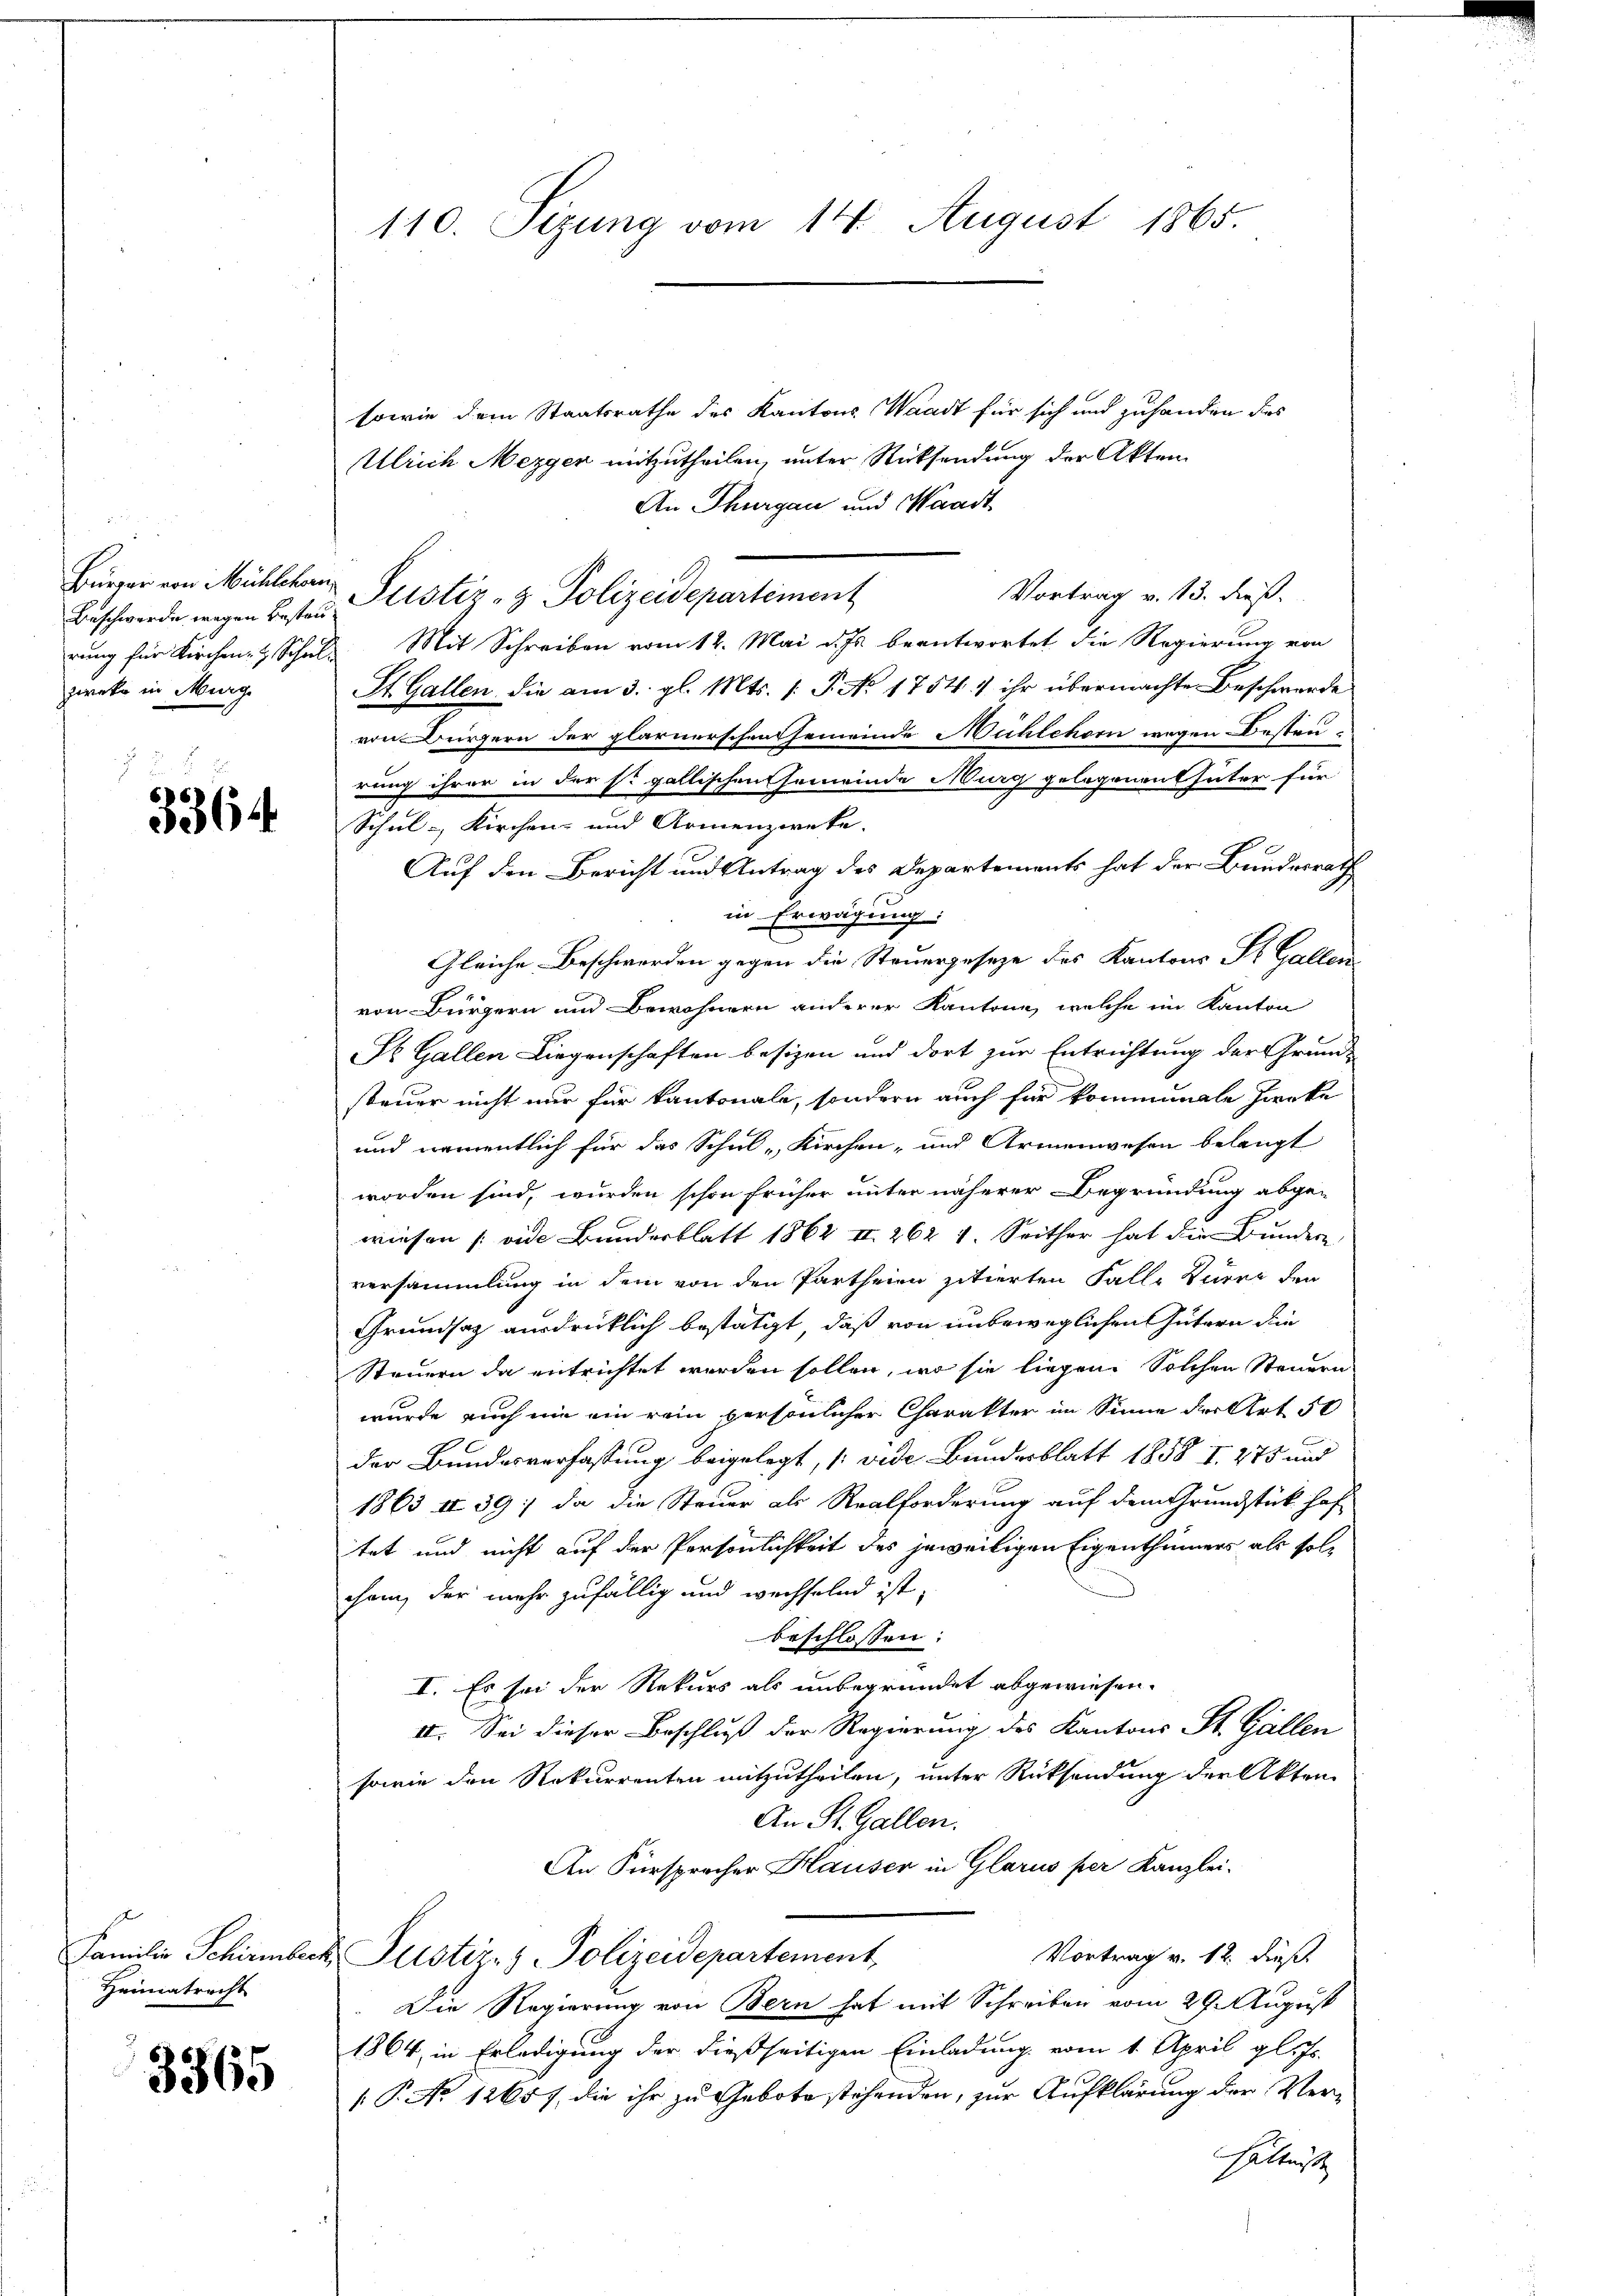
Beschwerde wegen Bestauzweke in Murg

3364

Familie Schirmber
Heimatrecht

3365

110. Sizung vom 14. August 1865.

sowie dem Staatsrathe des Kantons Waadt für sich und zuhanden dies
Ulrich Mezger mitzutheilen, unter Rücksendung der Akten
An Thurgau und Waadt
Bürger von Mühlekan Justiz- & Polizeidepartement
Vortrag v. 13. dieß.
rung für Kirchen Schul- Mit Schreiben vom 12. Mai d. Js. beantwortet die Regierung von
St. Gallen die am 3. gl. Mts. /: P. No 1754) ihr übermachte Beschwerde
von Bürgern der glarnerschen Gemeinde Mühlehorn wegen Besteu
rung ihrer in der so gallischen Gemeinde Murg gelegenen häter für
e
Schul- Kirchen- und Armenzwecke. |
Auf den Bericht und Antrag des Departements hat der Bundesrath
in Erwägung:
Gleiche Beschwerden gegen die Steuergeseze des Kantons St. Gallen
von Bürgern und Bewohnern anderer Kantone, welche im Kanton
St. Gallen Liegenschaften besizen und dort zur Entrichtung der Grund-
steuer nicht nur für kantonale, sondern auch für kommunale hierke
und namentlich für das Schul Kirchen- und Armenwesen belangt
worden sind, wurden schon früher unter näherer Begründung abge-
wiesen [vide Bunderblatt 1862 II 262 1. Seither hat die Bundern
versammlung in dem von den Partheien zitierten Falle Zurer den
Grundsatz ausdrücklich bestätigt, daß von unbeweglichen Gütern die
Steuern da entrichtet werden sollen, wo sie liegen Solchen Steuern
wurde auch nie ein rein persönlicher Charakter im Sinne der Art. 50
der Bundesverfassung beigelegt, (vide Bundesblatt 1858 I. 275 und
1863 II 39; da die Steuer als Realforderung auf dem Grundstück hof-
tet und nicht auf der Persönlichkeit des jeweiligen Eigenthümers als solchem, der mehr zufällig und wechselnd ist,
beschlossen:
I. Es sei der Rekurs als unbegründet abgewiesen.
II. Sei dieser Beschluß der Regierung des Kantons St. Gallen
sowie den Rekurrenten mitzutheilen, unter Rücksendung der Akten
An St. Gallen.
An Fürsprocher Hauser in Glarus per Kanzlei-
Vortrag v. 12. dieß
. Justiz- & Polizeidepartement,
Die Regierung von Bern hat mit Schreiben vom 29. August
1864, in Erledigung der dießseitigen Einladung vom 1. April gl. Js.
[ P. No 12657, die ihr zu Gebote stehenden, zur Aufklärung der Verhältnisse